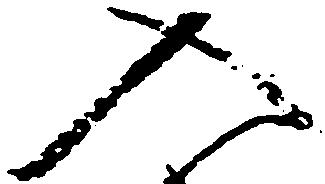
入